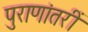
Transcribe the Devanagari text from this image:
पुराणांतरीं